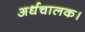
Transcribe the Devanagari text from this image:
अर्धचालक।